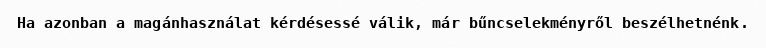
Ha azonban a magánhasználat kérdésessé válik, már bűncselekményről beszélhetnénk.